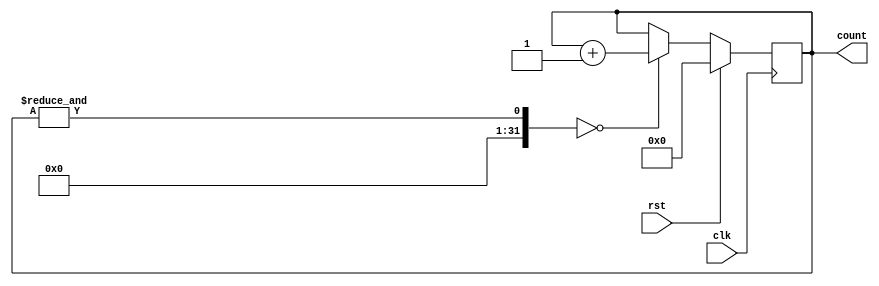
/*
*
*
* Copyright (C) Digisky Media Solutions Inc.  All rights reserved.
*
* Permission is hereby granted, free of charge, to any person
* obtaining a copy of this software and associated documentation
* files (the "Software"), to deal in the Software without restriction,
* including without limitation the rights to use, copy, modify, merge,
* publish, distribute, sublicense, and/or sell copies of the Software,
* and to permit persons to whom the Software is furnished to do so,
* subject to the following conditions:
*
* The above copyright notice and this permission notice shall be included
* in all copies or substantial portions of the Software.
*
* Use of the Software is limited solely to applications:
* (a) running on a Xilinx device, or (b) that interact
* with a Xilinx device through a bus or interconnect.
*
* THE SOFTWARE IS PROVIDED "AS IS", WITHOUT WARRANTY OF ANY KIND, EXPRESS OR
* IMPLIED, INCLUDING BUT NOT LIMITED TO THE WARRANTIES OF MERCHANTABILITY,
* FITNESS FOR A PARTICULAR PURPOSE AND NONINFRINGEMENT.
* IN NO EVENT SHALL DIGISKY MSI BE LIABLE FOR ANY CLAIM, DAMAGES OR OTHER LIABILITY,
* WHETHER IN AN ACTION OF CONTRACT, TORT OR OTHERWISE, ARISING FROM, OUT OF OR IN
* CONNECTION WITH THE SOFTWARE OR THE USE OR OTHER DEALINGS IN THE SOFTWARE.
*
*
* Modified for SHA256 HLS demo test 2023/08/17
*/
module counter30bit(
  input clk,
  input rst,
  output [29:0] count
);

  reg [29:0] i_count;
  
  always @ (posedge clk) begin
    if(rst)
      i_count <= 30'b0;
    else
      if(&i_count == 0)
        i_count <= i_count + 1;
    end
  

  assign count = i_count;

endmodule